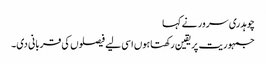
چوہدری سرور نے کہا
جمہوریت پریقین رکھتاہوں اسی لیے فیصلوں کی قربانی دی۔